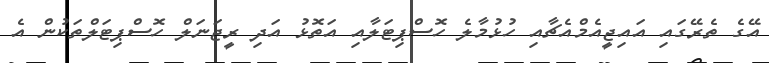
އޭގެ ތެރޭގައި އައިޖީއެމްއެޗާއި ހުޅުމާލެ ހޮސްޕިޓަލާއި އަތޮޅު އަދި ރީޖަނަލް ހޮސްޕިޓަލްތަކުން އެ